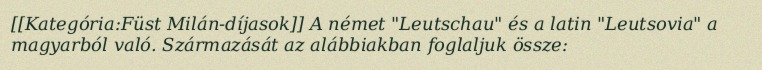
[[Kategória:Füst Milán-díjasok]] A német "Leutschau" és a latin "Leutsovia" a magyarból való. Származását az alábbiakban foglaljuk össze: